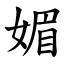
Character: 媚